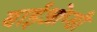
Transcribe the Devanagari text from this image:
बाईओप्सी